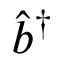
\hat { b } ^ { \dagger }